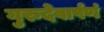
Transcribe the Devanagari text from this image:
गुरुदेवार्पणं